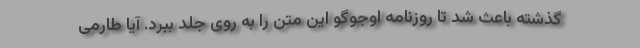
گذشته باعث شد تا روزنامه اوجوگو این متن را به روی جلد ببرد. آیا طارمی